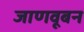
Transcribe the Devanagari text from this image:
जाणवूबन